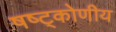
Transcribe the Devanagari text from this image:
षष्ट्कोणीय